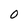
Character: O